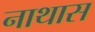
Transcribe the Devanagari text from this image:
नाथास